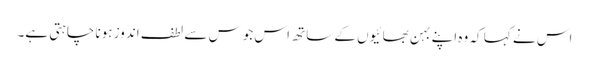
اس نے کہا کہ وہ اپنے بہن بھائیوں کے ساتھ اس جوس سے لطف اندوز ہونا چاہتی ہے۔